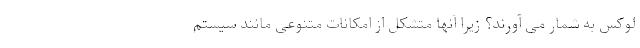
لوکس به شمار می آورند؟ زیرا آنها متشکل از امکانات متنوعی مانند سیستم